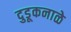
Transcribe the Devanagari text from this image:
दुडूकनाळे